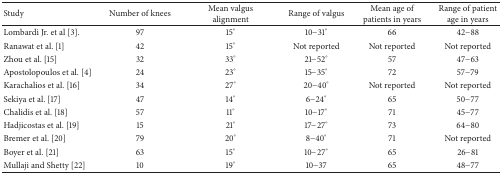
| Study | Number of knees | Mean valgus alignment | Range of valgus | Mean age of patients in years | Range of patient age in years |
 | --- | --- | --- | --- | --- | --- |
 | Lombardi Jr. et al [3]. | 97 | 15° | 10−31° | 66 | 42−88 |
 | Ranawat et al. [1] | 42 | 15° | Not reported | Not reported | Not reported |
 | Zhou et al. [15] | 32 | 33° | 21−52° | 57 | 47−63 |
 | Apostolopoulos et al. [4] | 24 | 23° | 15−35° | 72 | 57−79 |
 | Karachalios et al. [16] | 34 | 27° | 20−40° | Not reported | Not reported |
 | Sekiya et al. [17] | 47 | 14° | 6−24° | 65 | 50−77 |
 | Chalidis et al. [18] | 57 | 11° | 10−17° | 71 | 45−77 |
 | Hadjicostas et al. [19] | 15 | 21° | 17−27° | 73 | 64−80 |
 | Bremer et al. [20] | 79 | 20° | 8−40° | 71 | Not reported |
 | Boyer et al. [21] | 63 | 15° | 10−27° | 65 | 26−81 |
 | Mullaji and Shetty [22] | 10 | 19° | 10−37 | 65 | 48−77 |